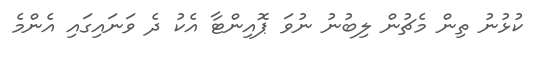
ކުޅުނު ތިން މެޗުން ލިބުނު ނުވަ ޕޮއިންޓާ އެކު ދެ ވަނައިގައި އެންމެ